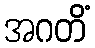
အဂတိံ